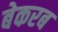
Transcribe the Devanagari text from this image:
बेकरब